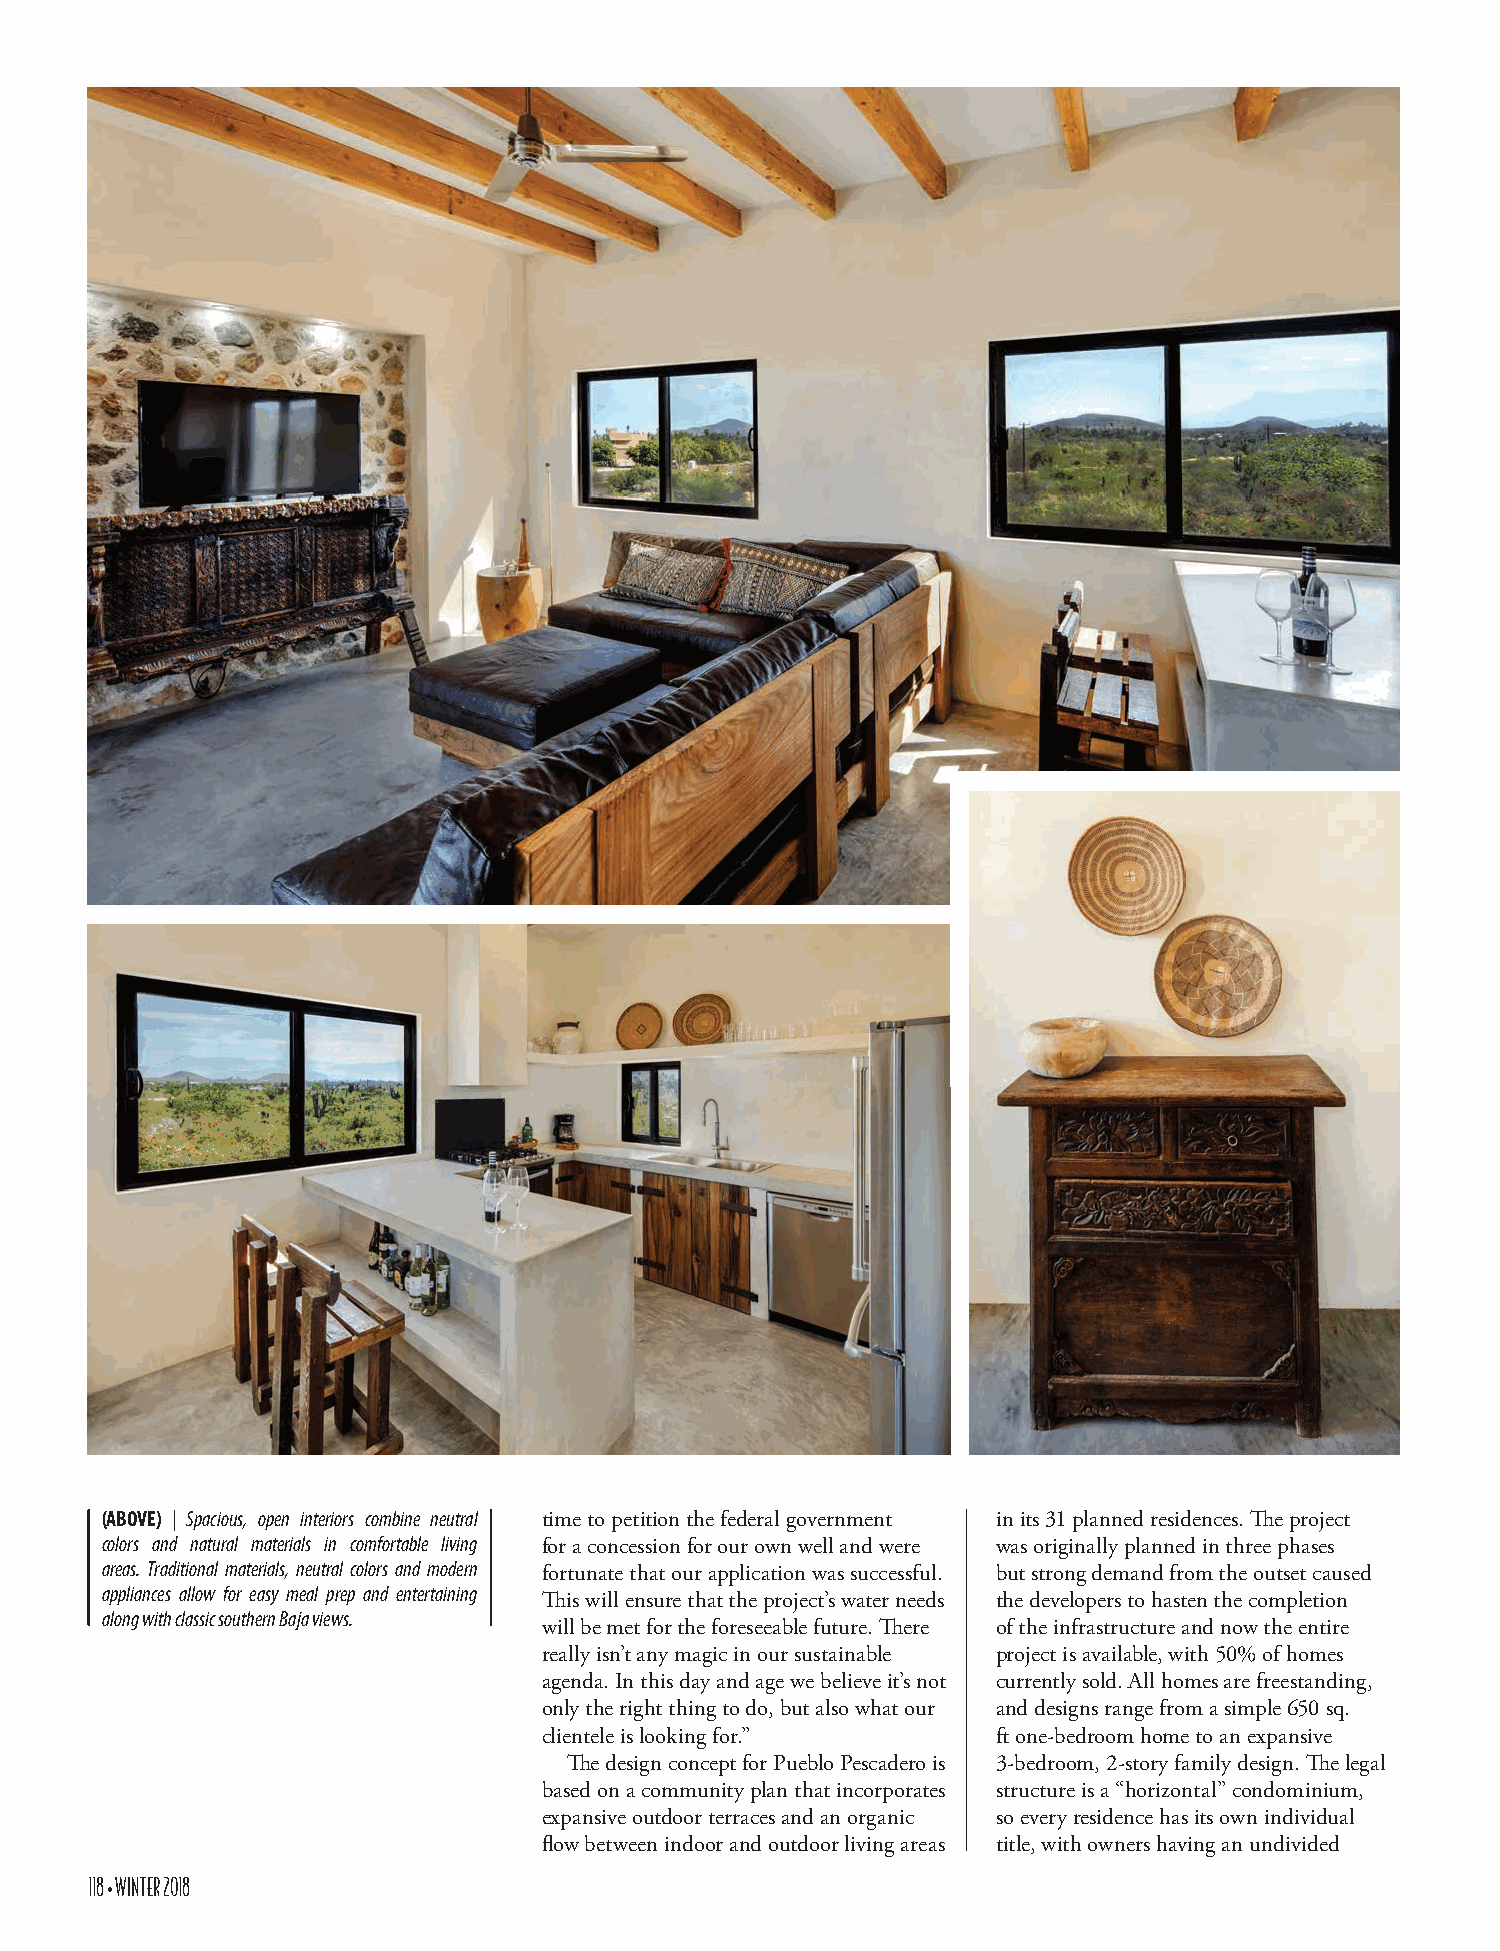
(ABOVE) | Spacious, open interiors combine neutral time to petition the federal government in its 31 planned residences. The project
 colors and natural materials in comfortable living for a concession for our own well and were was originally planned in three phases
 areas. Traditional materials, neutral colors and modern fortunate that our application was successful. but strong demand from the outset caused
 appliances allow for easy meal prep and entertaining
 This will ensure that the project’s water needs the developers to hasten the completion
 along with classic southern Baja views.
 will be met for the foreseeable future. There of the infrastructure and now the entire
 really isn’t any magic in our sustainable project is available, with 50% of homes
 agenda. In this day and age we believe it’s not currently sold. All homes are freestanding,
 only the right thing to do, but also what our and designs range from a simple 650 sq.
 clientele is looking for.”    ft one-bedroom home to an expansive
 The design concept for Pueblo Pescadero is 3-bedroom, 2-story family design. The legal
 based on a community plan that incorporates structure is a “horizontal” condominium,
 expansive outdoor terraces and an organic so every residence has its own individual
 flow between indoor and outdoor living areas title, with owners having an undivided
 118 • WINTER 2018